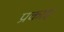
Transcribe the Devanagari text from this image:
प्रकाए